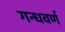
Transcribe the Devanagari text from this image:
गन्धवर्ण